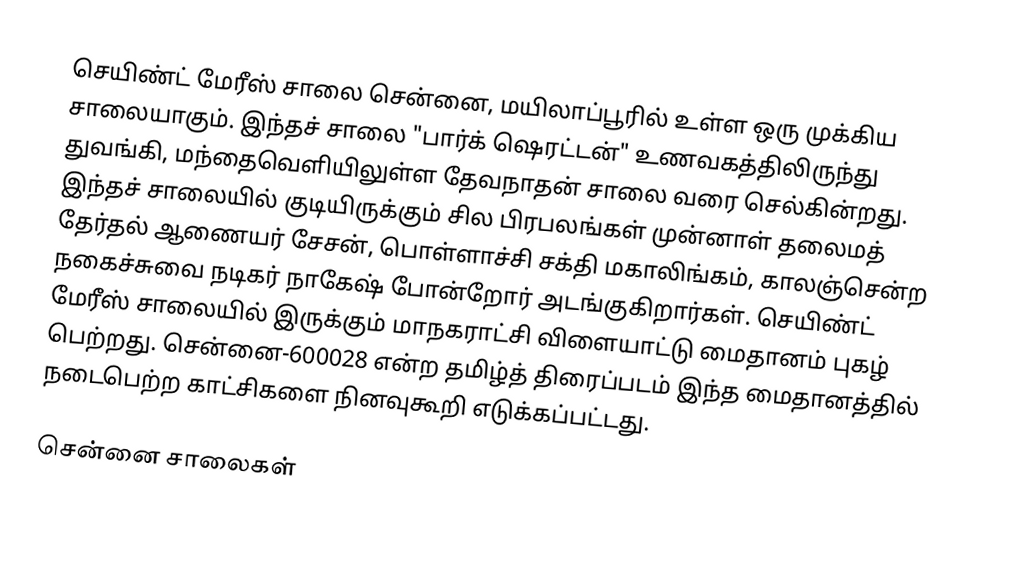
செயிண்ட் மேரீஸ் சாலை சென்னை, மயிலாப்பூரில் உள்ள ஒரு முக்கிய சாலையாகும். இந்தச் சாலை "பார்க் ஷெரட்டன்" உணவகத்திலிருந்து துவங்கி, மந்தைவெளியிலுள்ள தேவநாதன் சாலை வரை செல்கின்றது. இந்தச் சாலையில் குடியிருக்கும் சில பிரபலங்கள் முன்னாள் தலைமத் தேர்தல் ஆணையர் சேசன், பொள்ளாச்சி சக்தி மகாலிங்கம், காலஞ்சென்ற நகைச்சுவை நடிகர் நாகேஷ் போன்றோர் அடங்குகிறார்கள். செயிண்ட் மேரீஸ் சாலையில் இருக்கும் மாநகராட்சி விளையாட்டு மைதானம் புகழ் பெற்றது. சென்னை-600028 என்ற தமிழ்த் திரைப்படம் இந்த மைதானத்தில் நடைபெற்ற காட்சிகளை நினவுகூறி எடுக்கப்பட்டது.

சென்னை சாலைகள்